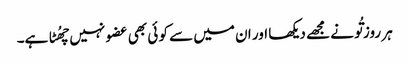
ہر روز تُو نے مجھے دیکھا اور ان میں سے کو ئی بھی عضو نہیں چھُٹا ہے۔